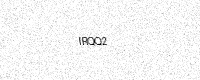
Text: IRQQ2